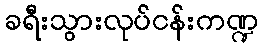
ခရီးသွားလုပ်ငန်းကဏ္ဍ